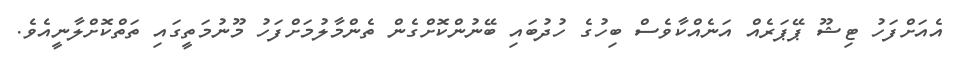
އެއަށްފަހު ޓިޝޫ ޕޭޕަރެއް އަނެއްކާވެސް ބިހުގެ ހުދުބައި ބޭނުންކޮށްގެން ތެންމާލުމަށްފަހު މޫނުމަތީގައި ތަތްކޮށްލާނީއެވެ.